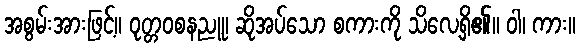
အစွမ်းအားဖြင့်။ ဝုတ္တဝစနညူ၊ ဆိုအပ်သော စကားကို သိလေ့ရှိ၏။ ဝါ၊ ကား။